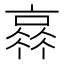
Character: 𠆂